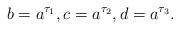
LaTeX: \begin{align*}b=a^{\tau_1},c=a^{\tau_2},d=a^{\tau_3}.\end{align*}